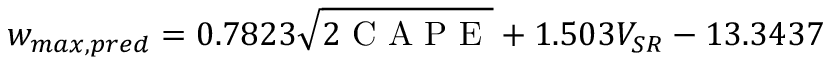
w _ { m a x , p r e d } = 0 . 7 8 2 3 \sqrt { 2 \mathrm { ~ C ~ A ~ P ~ E ~ } } + 1 . 5 0 3 V _ { S R } - 1 3 . 3 4 3 7